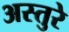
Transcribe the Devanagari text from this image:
अस्तुरे